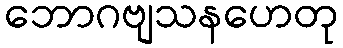
ဘောဂဗျသနဟေတု